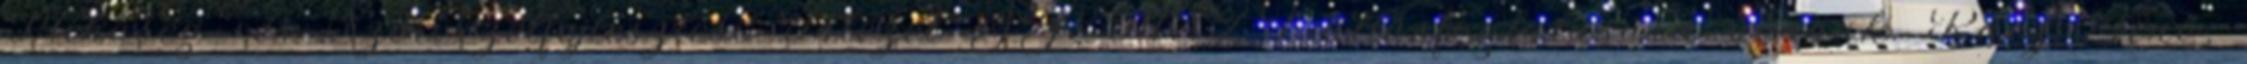
Minőség- és Szervezetfejlesztési Intézet GYEMSZI állásfoglalására várnak. Rácz Jenő,